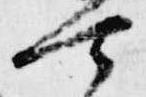
可